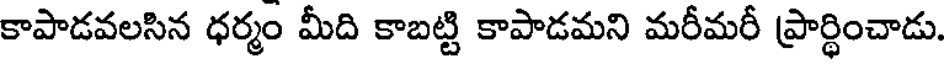
కాపాడవలసిన ధర్మం మీది కాబట్టి కాపాడమని మరీమరీ ప్రార్థించాడు.